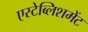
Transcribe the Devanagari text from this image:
एस्टेब्लिशमेंट